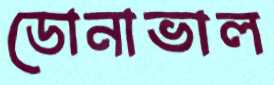
ডোনাভাল